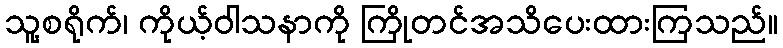
သူ့စရိုက်၊ ကိုယ့်ဝါသနာကို ကြိုတင်အသိပေးထားကြသည်။